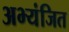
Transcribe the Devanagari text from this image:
अभ्यंजित